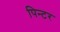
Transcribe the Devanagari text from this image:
पिन्टर